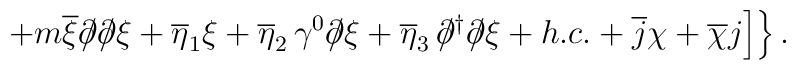
\left. \left. + m \overline{\xi} \partial\!\!\!/ \partial\!\!\!/ \xi +\overline{\eta}_1 \xi + \overline{\eta}_2 \,\gamma ^0\partial \!\!\!/ \xi + \overline{\eta}_3\,\partial\!\!\!/^\dagger\partial\!\!\!/ \xi + h. c. + \overline{j} \chi + \overline{\chi} j \right] \right\}.